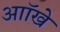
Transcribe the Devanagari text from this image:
आॉखे